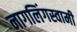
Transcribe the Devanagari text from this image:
नागलिंगस्वामी